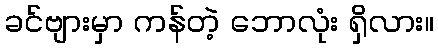
ခင်ဗျားမှာ ကန်တဲ့ ဘောလုံး ရှိလား။